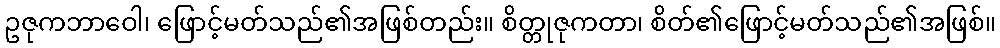
ဥဇုကဘာဝေါ၊ ဖြောင့်မတ်သည်၏အဖြစ်တည်း။ စိတ္တုဇုကတာ၊ စိတ်၏ဖြောင့်မတ်သည်၏အဖြစ်။